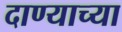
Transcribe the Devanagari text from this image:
दाण्याच्या